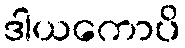
ဒါယကောပိ